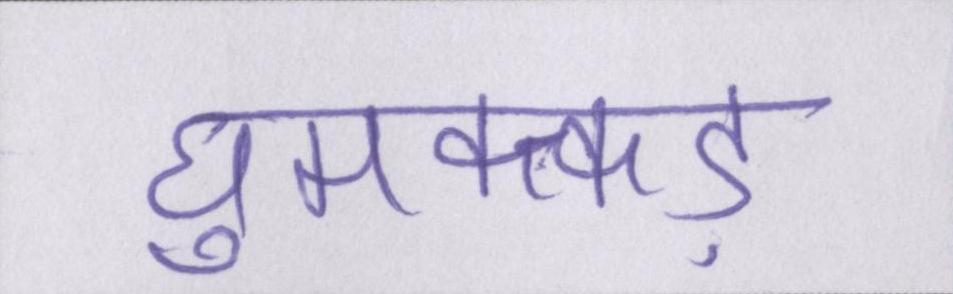
घुमक्कड़